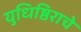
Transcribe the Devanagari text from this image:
युधिष्ठिराचे